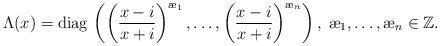
LaTeX: \begin{align*}\Lambda(x) = {\mathrm{diag}}\, \left(\left(\frac{x - i}{x + i}\right)^{{\ae}_1}, \ldots, \left(\frac{x - i}{x + i}\right)^{{\ae}_n}\right),\; {\ae}_1, \ldots, {\ae}_n\in {\mathbb Z}.\end{align*}